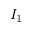
I _ { 1 }